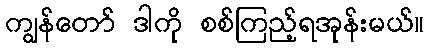
ကျွန်တော် ဒါကို စစ်ကြည့်ရအုန်းမယ်။